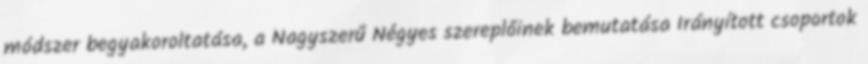
módszer begyakoroltatása, a Nagyszerű Négyes szereplőinek bemutatása Irányított csoportok